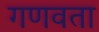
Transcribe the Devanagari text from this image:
गणवता